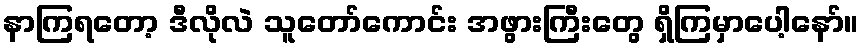
နာကြရတော့ ဒီလိုလဲ သူတော်ကောင်း အဖွားကြီးတွေ ရှိကြမှာပေါ့နော်။